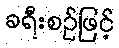
ခရီးစဉ်ဖြင့်